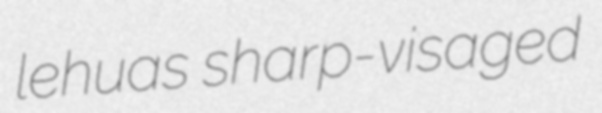
lehuas sharp-visaged